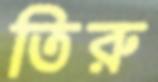
তিরু